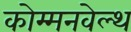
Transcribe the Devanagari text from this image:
कोम्मनवेल्थ